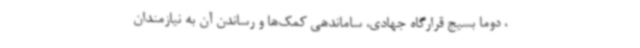
، دوما بسیج قرارگاه جهادی، ساماندهی کمک‌ها و رساندن آن به نیازمندان